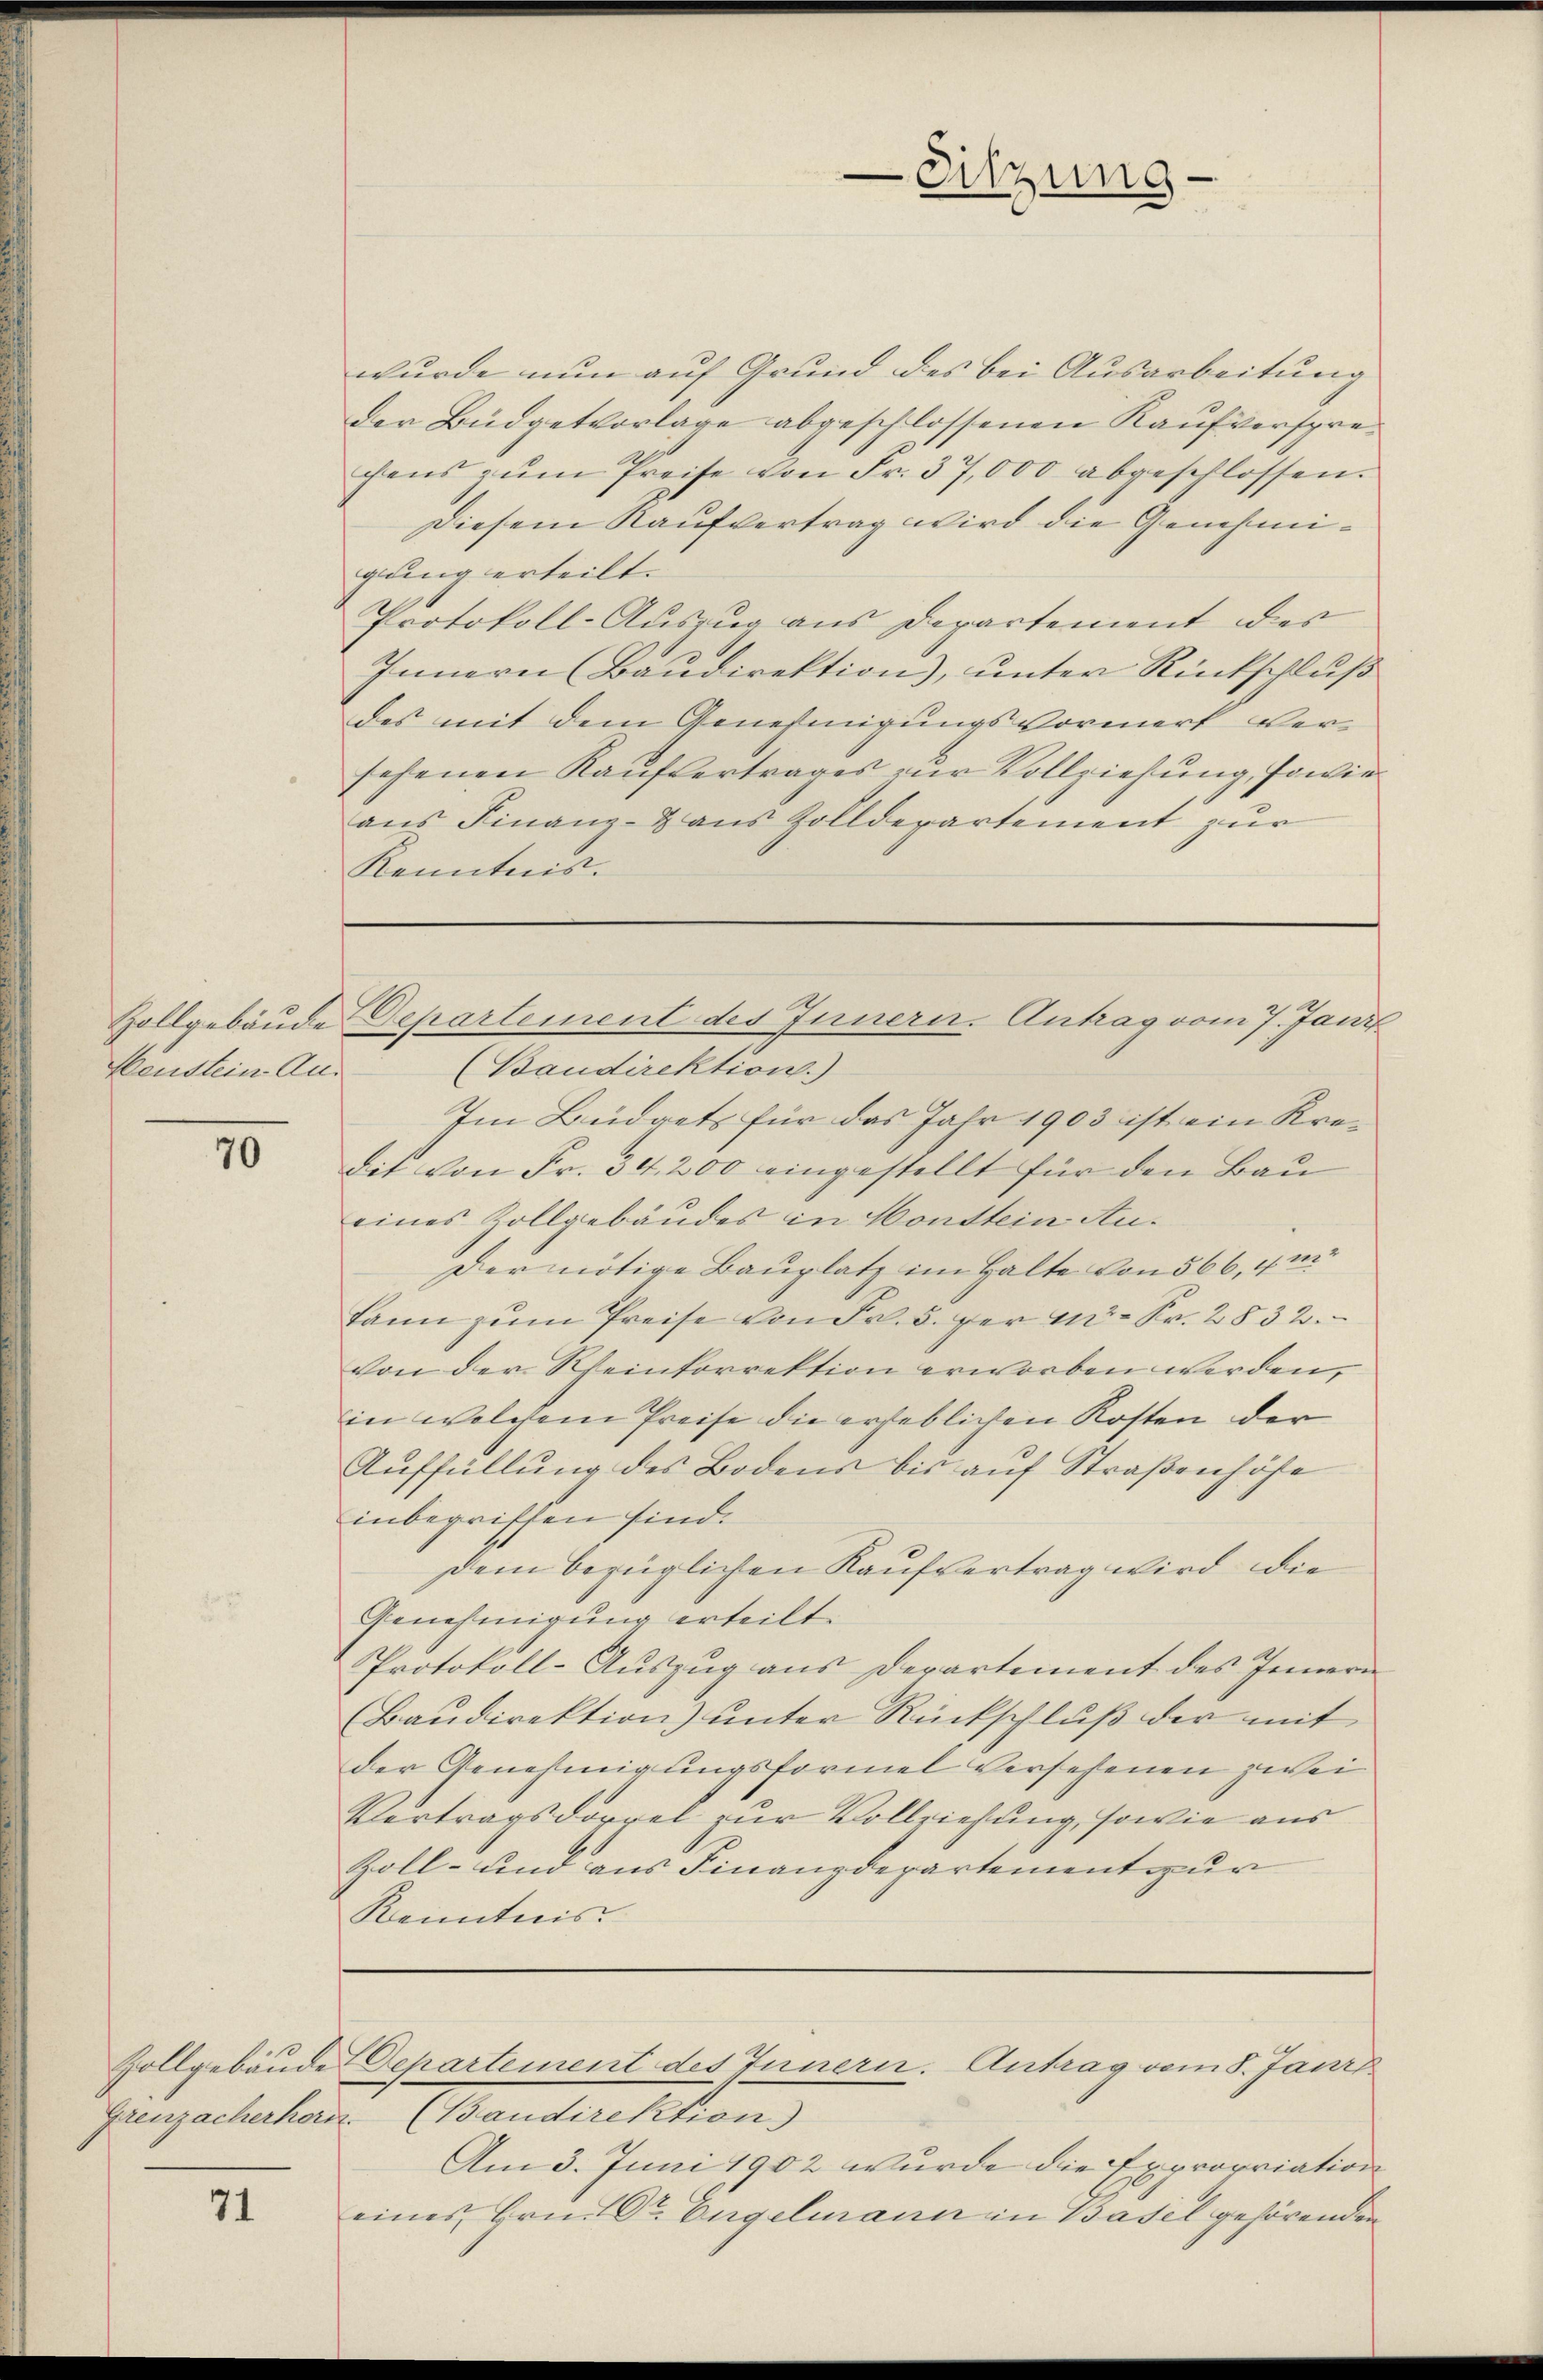
Neustein Aus

70

71

wurde nun auf Grund des bei Ausarbeitung
der Büdgetvorlage abgeschlossenen Kaufversprecens zŭm Preise von Fr. 37,000 abgeschlossen.
Diesem Kaufvertrag wird die Genehmigung erteilt.
Protokoll-Auszug aus Departement der
Innern (Baudirektion), unter Rückschluß
des mit dem Genehmigungsvormerk versehenen Kaufvertrages zur Vollziehung, sowie
aus Finanz- & aus Zolldepartement zur
Kenntnis.

Im Büdgets für das Jahr 1903 ist ein Kredit von Fr. 34. 200 eingestellt für den Bau
eines Zollgebäudes in Konstein An¬
Der nötige Bauplatz im Halte von 566, 4 m
kann zŭm Preise von Fr. 5. der m. Fr. 2832.
von der Rheinkorrektion erworben werden,
in welchem Preise die erheblichen Kosten der
Auffüllung des Bodens bis auf Straßenhöfe
inbegriffen sind.
dem bezüglichen Kaufvertrag wird die
Genehmigung erteilt.
Protokoll-Auszug aus Departement des Innern
Baudirektion) unter Rückschluß der mit
der Genehmigungsformel versehenen zwei
Vertragsdorrel zur Vollziehung, sowie aus
Zoll- und aus Finanzdepartementeur
Kenntnis

Sitzung

Zollgebäude Departement des Innerer. Antrag vom 7. Jani
(Baudirektion)

Zollgebäude Departement des Innern. Antrag vom 8. Janr

Greuzacherher. (Bandirektion)
Am 3. Juni 1902 wurde die Expropriation
eines Hrn. Dr. Engelmann in Basel gehörenden